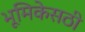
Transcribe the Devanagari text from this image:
भूमिकेसठी